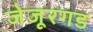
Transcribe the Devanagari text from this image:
जेजूरगड